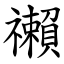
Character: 䄤